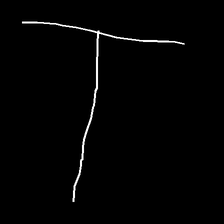
Glyph: column